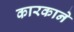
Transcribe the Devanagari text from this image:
कारकाने